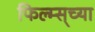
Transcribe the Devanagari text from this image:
फिल्म्स्‌च्या